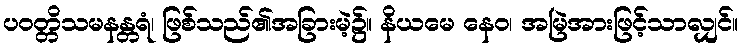
ပဝတ္တိသမနန္တရံ၊ ဖြစ်သည်၏အခြားမဲ့၌။ နိယမေ နေဝ၊ အမြဲအားဖြင့်သာလျှင်။